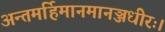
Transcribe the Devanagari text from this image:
अन्तमर्हिमानमानञ्जधीरः।